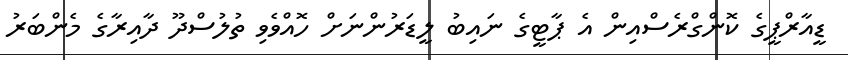
ޑީއާރްޕީގެ ކޮންގްރެސްއިން އެ ޕާޓީގެ ނައިބު ލީޑަރުންނަށް ހޮއްވެވި ތުލުސްދޫ ދާއިރާގެ މެންބަރު